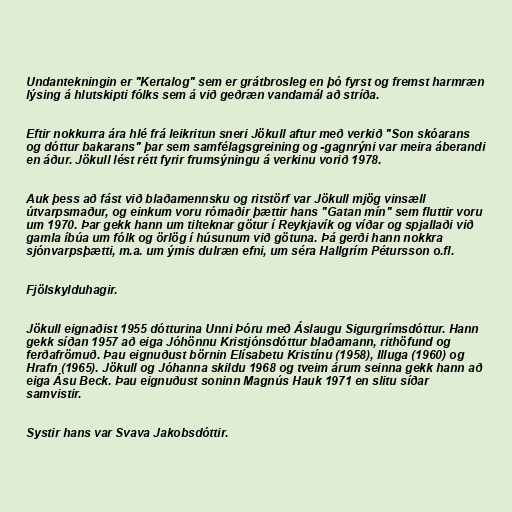
Undantekningin er "Kertalog" sem er grátbrosleg en þó fyrst og fremst harmræn
lýsing á hlutskipti fólks sem á við geðræn vandamál að stríða.

Eftir nokkurra ára hlé frá leikritun sneri Jökull aftur með verkið "Son skóarans
og dóttur bakarans" þar sem samfélagsgreining og -gagnrýni var meira áberandi
en áður. Jökull lést rétt fyrir frumsýningu á verkinu vorið 1978.

Auk þess að fást við blaðamennsku og ritstörf var Jökull mjög vinsæll
útvarpsmaður, og einkum voru rómaðir þættir hans "Gatan mín" sem fluttir voru
um 1970. Þar gekk hann um tilteknar götur í Reykjavík og víðar og spjallaði við
gamla íbúa um fólk og örlög í húsunum við götuna. Þá gerði hann nokkra
sjónvarpsþætti, m.a. um ýmis dulræn efni, um séra Hallgrím Pétursson o.fl.

Fjölskylduhagir.

Jökull eignaðist 1955 dótturina Unni Þóru með Áslaugu Sigurgrímsdóttur. Hann
gekk síðan 1957 að eiga Jóhönnu Kristjónsdóttur blaðamann, rithöfund og
ferðafrömuð. Þau eignuðust börnin Elísabetu Kristínu (1958), Illuga (1960) og
Hrafn (1965). Jökull og Jóhanna skildu 1968 og tveim árum seinna gekk hann að
eiga Ásu Beck. Þau eignuðust soninn Magnús Hauk 1971 en slitu síðar
samvistir.

Systir hans var Svava Jakobsdóttir.